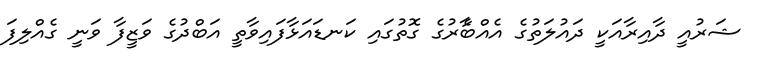
ޝަރުއީ ދާއިރާއަކީ ދައުލަތުގެ އެއްބާެރުގެ ގޮތުގައި ކަނޑައަޅާފައިވާތީ އަބްދުގެ ވަޒީފާ ވަނީ ގެއްލިފަ